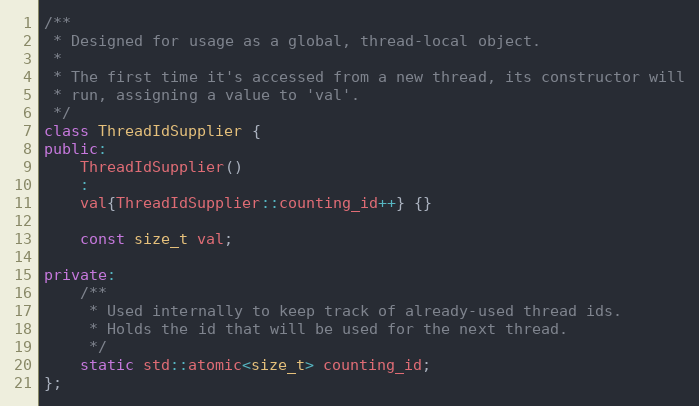
Language: C++
/**
 * Designed for usage as a global, thread-local object.
 *
 * The first time it's accessed from a new thread, its constructor will
 * run, assigning a value to 'val'.
 */
class ThreadIdSupplier {
public:
	ThreadIdSupplier()
	:
	val{ThreadIdSupplier::counting_id++} {}

	const size_t val;

private:
	/**
	 * Used internally to keep track of already-used thread ids.
	 * Holds the id that will be used for the next thread.
	 */
	static std::atomic<size_t> counting_id;
};